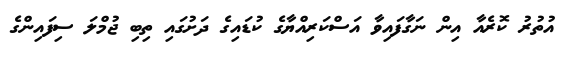
އުތުރު ކޮރެއާ އިން ނަގާފައިވާ އަސްކަރިއްޔާގެ ކުޑައިގެ ދަށުގައި ތިބި ޖުމްލަ ސިފައިންގެ